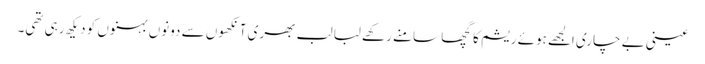
عینی بے چاری الجھے ہوئے ریشم کا گچھا سامنے رکھے لبا لب بھری آنکھوں سے دونوں بہنوں کو دیکھ رہی تھی۔